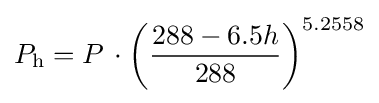
P_{\mathrm {h} }=P\,\cdot {\bigg (}{\frac {288-6.5h}{288}}{\bigg )}^{5.2558}